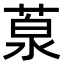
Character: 葲